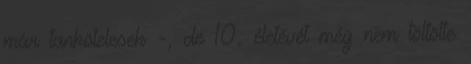
már tankötelesek -, de 10. életévét még nem töltötte